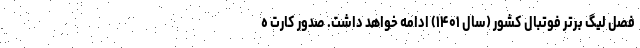
فصل لیگ برتر فوتبال کشور (سال ۱۴۰۱) ادامه خواهد داشت. صدور کارت ه